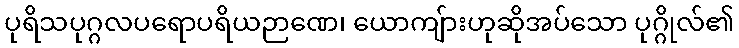
ပုရိသပုဂ္ဂလပရောပရိယဉာဏေ၊ ယောကျ်ားဟုဆိုအပ်သော ပုဂ္ဂိုလ်၏